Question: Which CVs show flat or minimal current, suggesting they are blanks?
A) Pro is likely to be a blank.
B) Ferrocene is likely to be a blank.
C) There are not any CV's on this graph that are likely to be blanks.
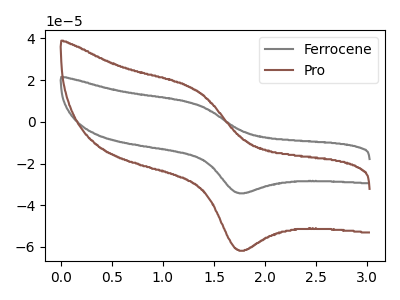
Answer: <think>The gray curve "Ferrocene" has an anodic peak at (1.35V, 8.35uA) and a cathodic peak at (1.75V, -34.05uA). The brown curve "Pro" has an anodic peak at (1.35V, 15.10uA) and a cathodic peak at (1.75V, -61.40uA).</think>
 <answer>C) There are not any CV's on this graph that are likely to be blanks.</answer>
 <eval>C</eval>